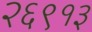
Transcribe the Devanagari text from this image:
२६९१३